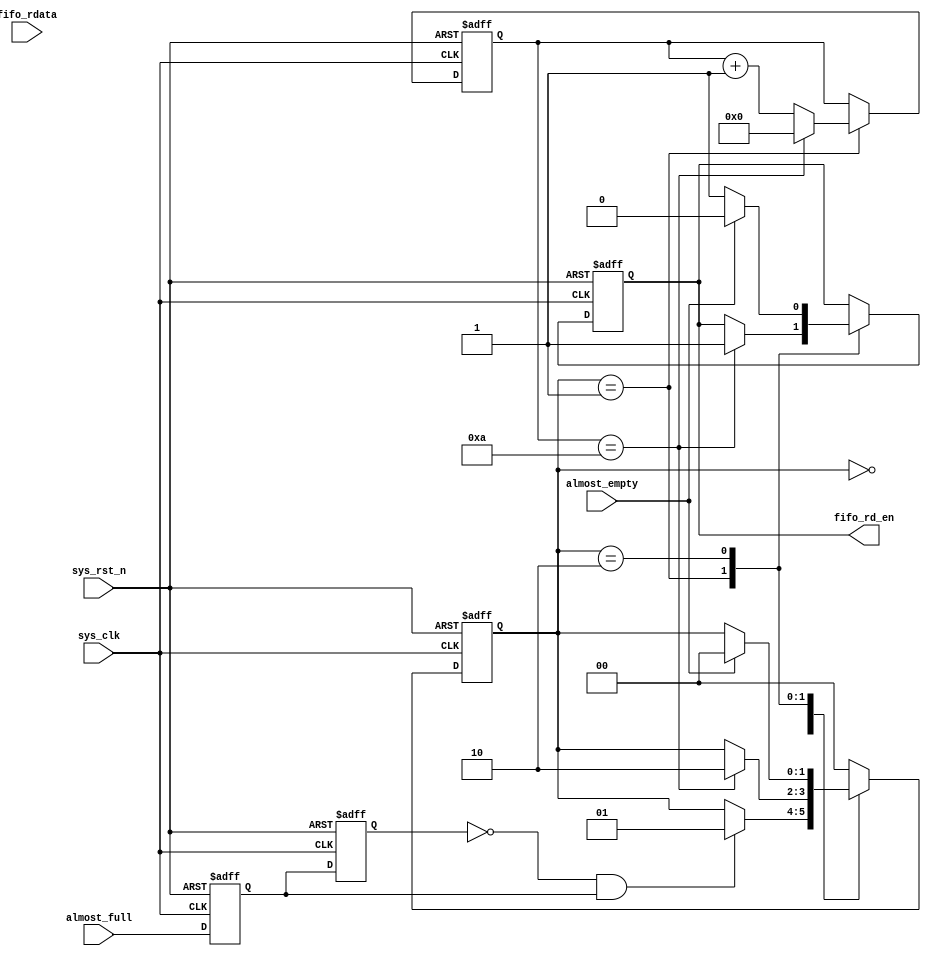
`timescale 1ns / 1ps
//////////////////////////////////////////////////////////////////////////////////
// 
// Module Name: fifo_read
// Description: fifo
// 
//////////////////////////////////////////////////////////////////////////////////


module fifo_read(
    input           sys_clk,
    input           sys_rst_n,

    input           almost_full,
    input           almost_empty,
    input [7:0]     fifo_rdata,

    output reg      fifo_rd_en      //
);

//almost_full
reg almost_full_T0;            //
reg almost_full_T1;            //
wire almost_full_flag;         //

reg[1:0] read_state;           //
reg[3:0] delay_cnt;            //

assign almost_full_flag = ~almost_full_T1 & almost_full_T0;  //01

always @(posedge sys_clk or negedge sys_rst_n) begin
    if(!sys_rst_n) begin
        almost_full_T0 <= 1'b0;
        almost_full_T1 <= 1'b0;
    end
    else begin
        almost_full_T0 <= almost_full;         //
        almost_full_T1 <= almost_full_T0;      //
    end
end

always @(posedge sys_clk or negedge sys_rst_n) begin
    if(!sys_rst_n) begin
        fifo_rd_en <= 1'b0;         //
        read_state <= 2'b0;         //
        delay_cnt <= 4'd0;          //
    end
    else begin
        case(read_state)
            2'd0: begin
                if(almost_full_flag)       //almost_full
                    read_state <= 2'd1;    //1
                else
                    read_state <= read_state; //
            end
            2'd1:begin              //1fifofifo
                if(delay_cnt == 4'd10)begin //10
                    read_state <= 2'd2;     //22
                    fifo_rd_en <= 1'b1;     //
                    delay_cnt <= 4'd0; 
                end
                else begin
                    delay_cnt <= delay_cnt + 1'b1;
                end
            end
            2'd2:begin
                if(almost_empty) begin      //
                    fifo_rd_en <= 1'b0;     //
                    read_state <= 2'd0;     //0
                end
                else begin
                    fifo_rd_en <= 1'b1;     //
                end
            end
            default: read_state <= 2'd0;
        endcase
    end
end

endmodule